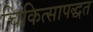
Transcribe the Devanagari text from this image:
चिकित्सापद्धत